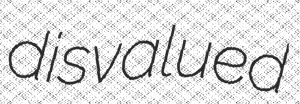
disvalued